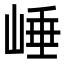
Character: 崜